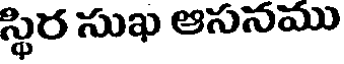
స్థిర సుఖ ఆసనము